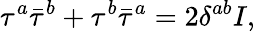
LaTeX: \tau^{a}\bar{\tau}^{b}+\tau^{b}\bar{\tau}^{a}=2\delta^{ab}I,